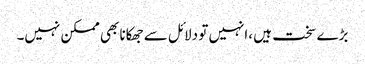
بڑے سخت ہیں ،انہیں تو دلائل سے جھکانا بھی ممکن نہیں۔